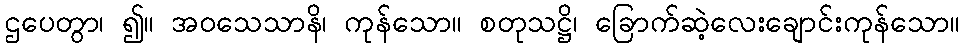
ဌပေတွာ၊ ၍။ အဝသေသာနိ၊ ကုန်သော။ စတုသဋ္ဌိ၊ ခြောက်ဆဲ့လေးချောင်းကုန်သော။